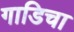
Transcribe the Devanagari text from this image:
गाडिचा